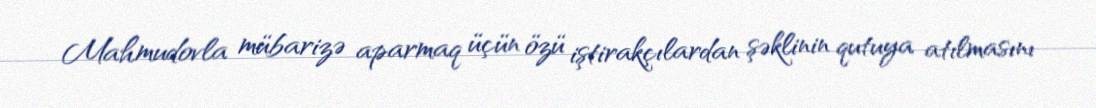
Mahmudovla mübarizə aparmaq üçün özü iştirakçılardan şəklinin qutuya atılmasını